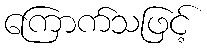
ကြောက်သဖြင့်